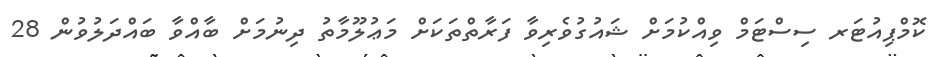
ކޮމްޕިއުޓަރ ސިސްޓަމް ވިއްކުމަށް ޝައުގުވެރިވާ ފަރާތްތަކަށް މަޢުލޫމާތު ދިނުމަށް ބާއްވާ ބައްދަލުވުން 28